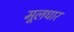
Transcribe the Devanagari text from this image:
मूलधार